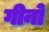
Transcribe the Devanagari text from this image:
गीनो